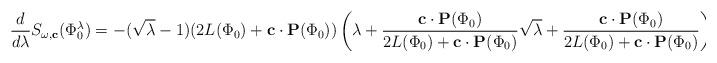
LaTeX: \begin{align*}\frac{d}{d\lambda}S_{\omega,\mathbf{c}}(\Phi_0^{\lambda})=-(\sqrt{\lambda}-1)(2L(\Phi_0)+\mathbf{c}\cdot \mathbf{P}(\Phi_0))\left(\lambda +\frac{\mathbf{c}\cdot \mathbf{P}(\Phi_0)}{2L(\Phi_0)+\mathbf{c}\cdot \mathbf{P}(\Phi_0)}\sqrt{\lambda}+\frac{\mathbf{c}\cdot \mathbf{P}(\Phi_0)}{2L(\Phi_0)+\mathbf{c}\cdot \mathbf{P}(\Phi_0)}\right)\end{align*}